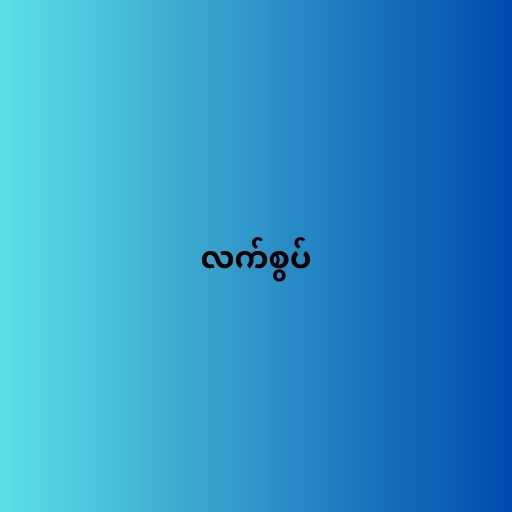
လက်စွပ်